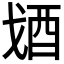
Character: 𨟶